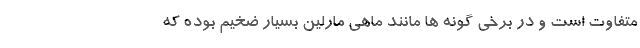
متفاوت است و در برخی گونه ها مانند ماهی مارلین بسیار ضخیم بوده که